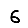
Digit: 6